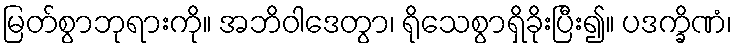
မြတ်စွာဘုရားကို။ အဘိဝါဒေတွာ၊ ရိုသေစွာရှိခိုးပြီး၍။ ပဒက္ခိဏံ၊